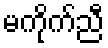
မကိုက်ညီ